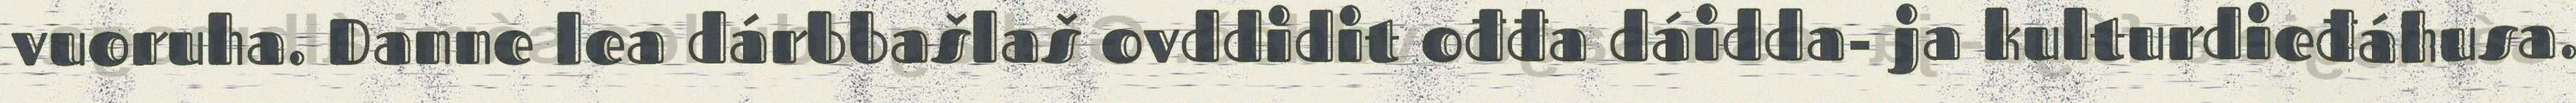
vuoruha. Danne lea dárbbašlaš ovddidit ođđa dáidda- ja kulturdieđáhusa.